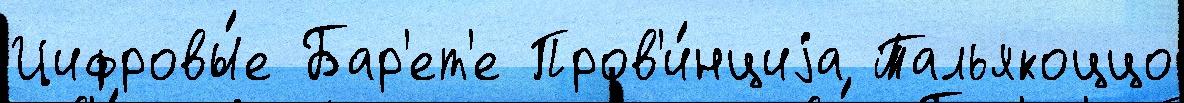
Цифровы́е Бар'ет'е Пров'и́нциjа Тальякоццо